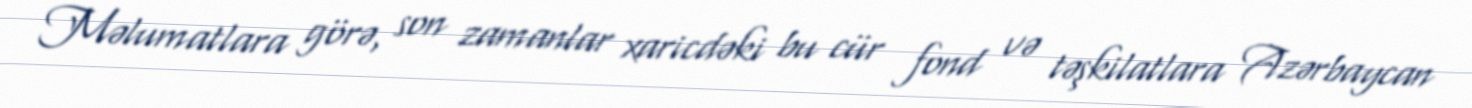
Məlumatlara görə, son zamanlar xaricdəki bu cür fond və təşkilatlara Azərbaycan